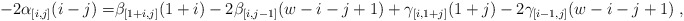
\begin{align*} - 2 \alpha_{[i,j]}(i-j) = & \beta_{[1+i,j]} (1+i) -2 \beta_{[i,j-1]} (w-i-j+1) + \gamma_{[i,1+j]}(1+j) -2 \gamma_{[i-1,j]}(w-i-j+1)\;, \end{align*}